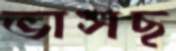
ভাসছ